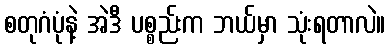
စတုဂံပုံနဲ့ အဲဒီ ပစ္စည်းက ဘယ်မှာ သုံးရတာလဲ။